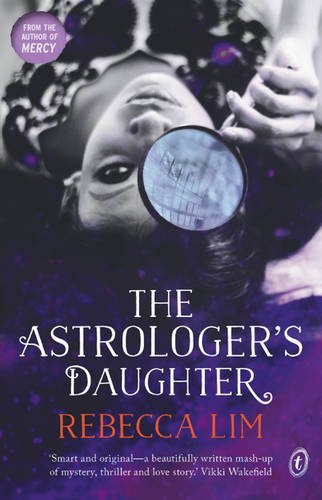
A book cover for The Astrologer's Daughter; Rebecca Lim; Teen & Young Adult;